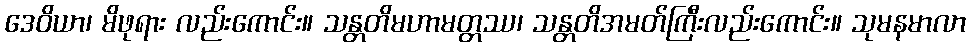
ဒေဝိယာ၊ မိဖုရား လည်းကောင်း။ သန္တတိမဟာမတ္တဿ၊ သန္တတိအမတ်ကြီးလည်းကောင်း။ သုမနမာလာ